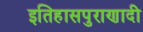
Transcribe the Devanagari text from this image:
इतिहासपुराणादी